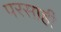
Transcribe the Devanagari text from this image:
परसाही